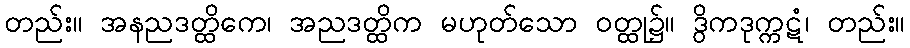
တည်း။ အနညဒတ္ထိကေ၊ အညဒတ္ထိက မဟုတ်သော ဝတ္ထု၌။ ဒွိကဒုက္ကဋံ၊ တည်း။